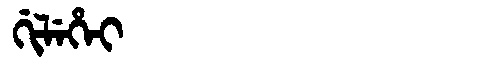
Manchu: ᡤᡳᠯᡝᡥᡝᡳ
Romanization: GILEHEI